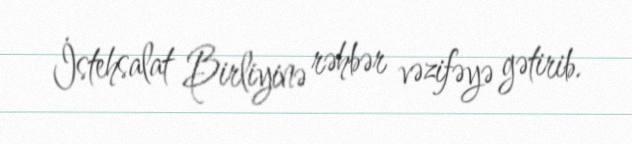
İstehsalat Birliyinə rəhbər vəzifəyə gətirib.